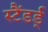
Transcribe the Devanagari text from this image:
स्टैंडर्ड्